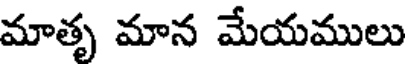
మాతృ మాన మేయములు